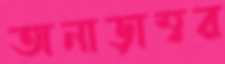
অনাড়াম্বর